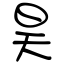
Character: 昊